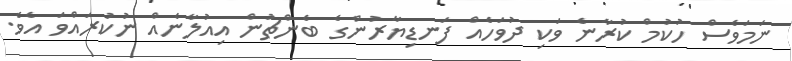
ނަމަވެސް ހުކުމް ކުރާނެ ވަކި ދުވަހެއް ފަނޑިޔާރުންގެ ބެންޗުން އިއުލާނެއް ނުކުރައްވަ އެވެ.